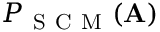
P _ { \mathrm { ~ S ~ C ~ M ~ } } ( \mathbf { A } )